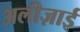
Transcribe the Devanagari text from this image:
अलीज़ाई